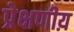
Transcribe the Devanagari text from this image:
प्रेक्षणीय़